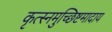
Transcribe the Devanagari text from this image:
कृत्स्नमुच्छिष्टमादाय